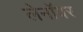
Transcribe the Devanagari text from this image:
लेनॉयर